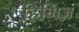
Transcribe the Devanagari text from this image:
हिगिंज़